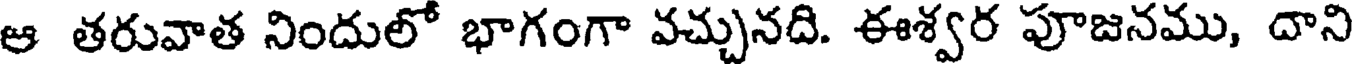
ఆ తరువాత నిందులో భాగంగా వచ్చునది. ఈశ్వర పూజనము, దాని